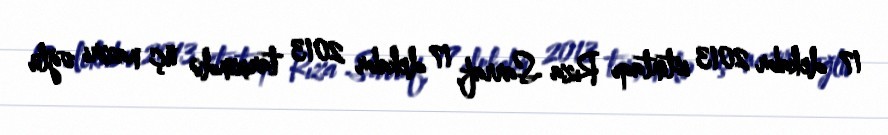
17 dekabr 2013 istintaqı Rıza Sarraf, 17 dekabr 2013 tarixində üç naziri oğlu